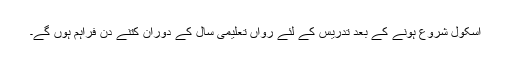
اسکول شروع ہونے کے بعد تدریس کے لئے رواں تعلیمی سال کے دوران کتنے دن فراہم ہوں گے۔